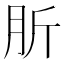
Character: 肵